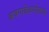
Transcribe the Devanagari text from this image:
श्रवणबेळगोळचा